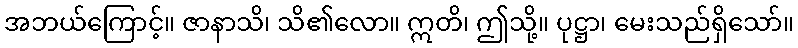
အဘယ်ကြောင့်။ ဇာနာသိ၊ သိ၏လော။ ဣတိ၊ ဤသို့။ ပုဋ္ဌာ၊ မေးသည်ရှိသော်။